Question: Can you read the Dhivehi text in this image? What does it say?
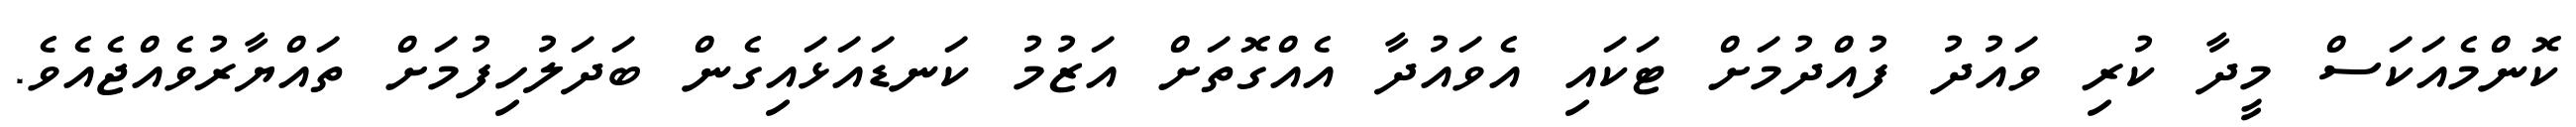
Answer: ކޮންމެއަކަސް މީދާ ކުރި ވައުދު ފުއްދުމަށް ޓަކައި އެވައުދާ އެއްގޮތަށް އަޒުމު ކަނޑައަޅައިގެން ބަދަލުހިފުމަށް ތައްޔާރުވެއްޖެއެވެ.